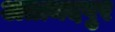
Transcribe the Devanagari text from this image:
अतामदपुर